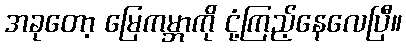
အခုတော့ မြေကမ္ဘာကို ငုံ့ကြည့်နေလေပြီ။